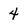
Character: 4